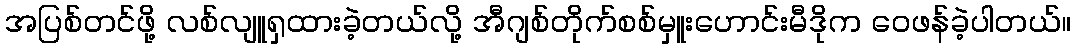
အပြစ်တင်ဖို့ လစ်လျူရှထားခဲ့တယ်လို့ အီဂျစ်တိုက်စစ်မှူးဟောင်းမီဒိုက ဝေဖန်ခဲ့ပါတယ်။